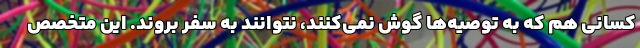
کسانی هم که به توصیه‌ها گوش نمی‌کنند، نتوانند به سفر بروند. این متخصص